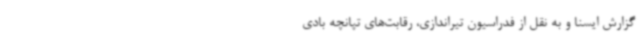
گزارش ایسنا و به نقل از فدراسیون تیراندازی، رقابت‌های تپانچه بادی